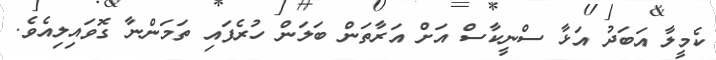
ކެމީލާ އަބަދު އަޅާ ސްނީކާސް އަށް އަރާތަން ބަލަން ހުރެފައި ތަމަންނާ ގޮވައިލިއެވެ.